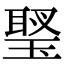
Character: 𤧬